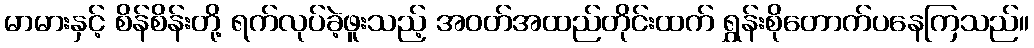
မာမားနှင့် စိန်စိန်းတို့ ရက်လုပ်ခဲ့ဖူးသည့် အဝတ်အထည်တိုင်းထက် ရွှန်းစိုတောက်ပနေကြသည်။